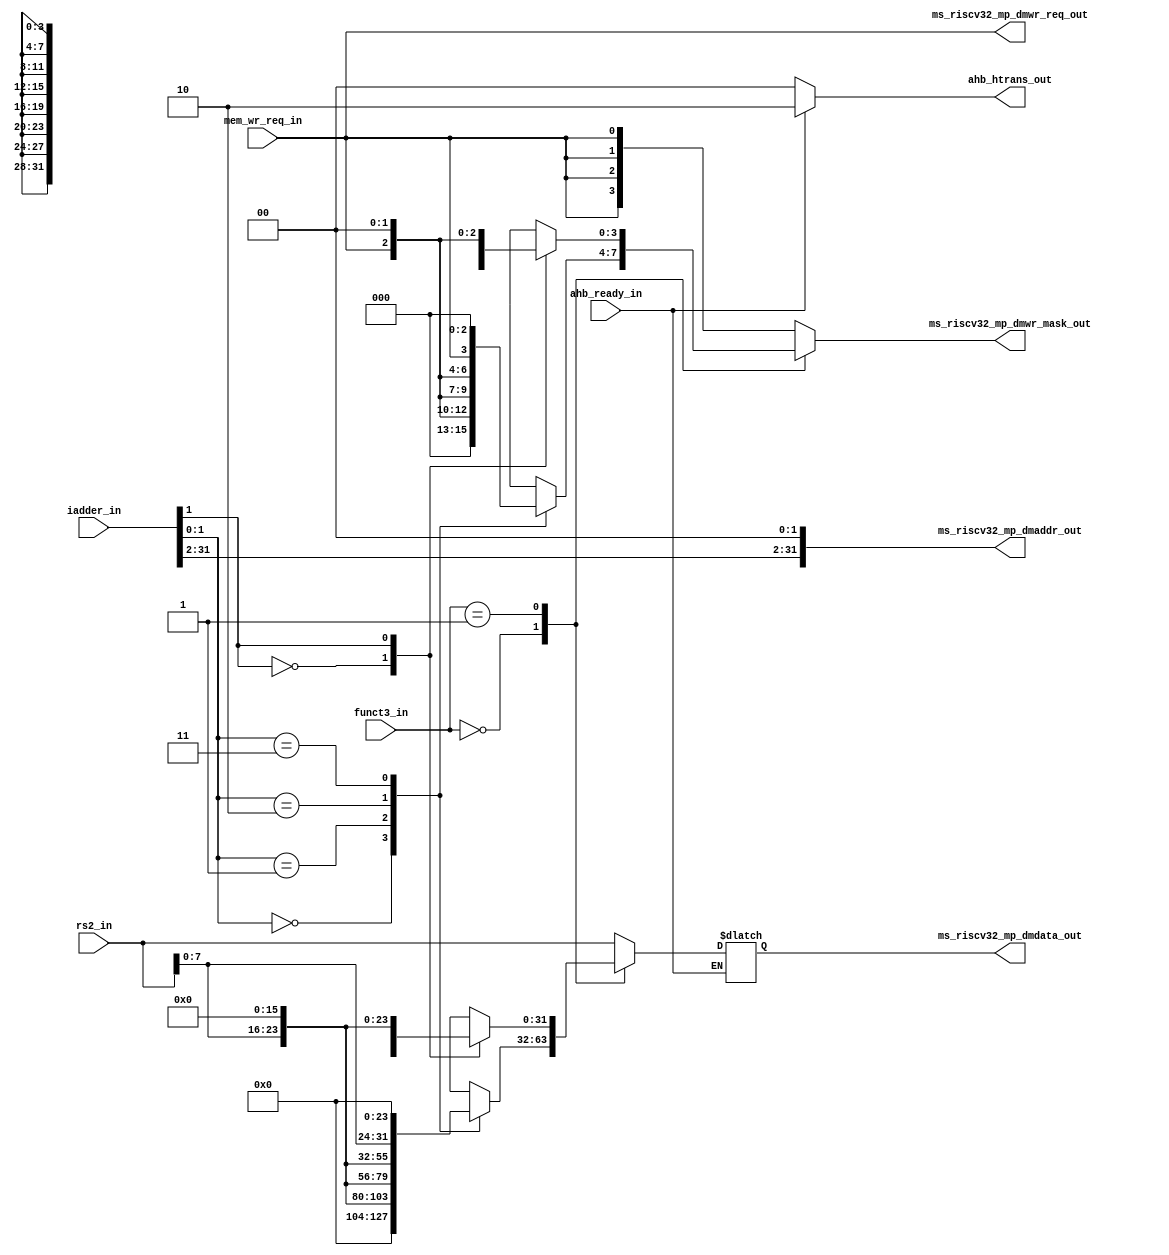
module msrv32_store_unit (
  input [1:0] funct3_in,
  input [31:0] iadder_in, rs2_in,
  input mem_wr_req_in, ahb_ready_in,
  output [31:0] ms_riscv32_mp_dmaddr_out,
  output reg [31:0] ms_riscv32_mp_dmdata_out,
  output reg [3:0] ms_riscv32_mp_dmwr_mask_out,
  output ms_riscv32_mp_dmwr_req_out,
  output reg [1:0] ahb_htrans_out
);
  
  reg [31:0] byte_ad, half_ad;
  reg [3:0] byte_mask, half_mask;

  assign ms_riscv32_mp_dmaddr_out = {iadder_in[31:2], 2'b00};
  assign ms_riscv32_mp_dmwr_req_out = mem_wr_req_in;
  
  always @(*)
  begin
    case (iadder_in[1:0])
      2'b00: byte_ad = {24'b0, rs2_in[7:0]};
      2'b01: byte_ad = {16'b0, rs2_in[7:0], 8'b0};
      2'b10: byte_ad = {8'b0, rs2_in[7:0], 16'b0};
      2'b11: byte_ad = {rs2_in[7:0], 24'b0};
      default: byte_ad = 32'b0; 
    endcase
  end
  
  always @(*)
  begin
    case (iadder_in[1])
      1'b0: half_ad = {16'b0, rs2_in[15:0]};
      1'b1: half_ad = {rs2_in[15:0], 16'b0};
      default: half_ad = 32'b0; 
    endcase
  end
  
  always @(*)
  begin
    if (ahb_ready_in)
    begin
      case (funct3_in)
        2'b00: ms_riscv32_mp_dmdata_out = byte_ad;
        2'b01: ms_riscv32_mp_dmdata_out = half_ad;
        default: ms_riscv32_mp_dmdata_out = rs2_in;
      endcase
      ahb_htrans_out = 2'b10;
    end
    else
      ahb_htrans_out = 2'b00; 
  end
  
  always @(*)
  begin
    case (iadder_in[1:0])
      2'b00: byte_mask = {3'b0, mem_wr_req_in};
      2'b01: byte_mask = {2'b0, mem_wr_req_in, 1'b0};
      2'b10: byte_mask = {1'b0, mem_wr_req_in, 2'b0};
      2'b11: byte_mask = {mem_wr_req_in, 3'b0};
      default: byte_mask = {4{mem_wr_req_in}};
    endcase 
  end
  
  always @(*)
  begin
    case (iadder_in[1])
      1'b0: half_mask = {2'b0, {2{mem_wr_req_in}}};
      1'b1: half_mask = {{2{mem_wr_req_in}}, 2'b0};
      default: half_mask = {4{mem_wr_req_in}}; 
    endcase
  end
  
  always @(*)
  begin
    case (funct3_in)
      2'b00: ms_riscv32_mp_dmwr_mask_out = byte_mask;
      2'b01: ms_riscv32_mp_dmwr_mask_out = half_mask;
      default: ms_riscv32_mp_dmwr_mask_out = {4{mem_wr_req_in}};
    endcase
  end
  
endmodule